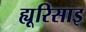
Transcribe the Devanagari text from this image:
ह्यूरिसाइ